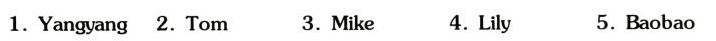
1.Yangyang 2.Tom 3.Mike 4.Lily 5.Baobao